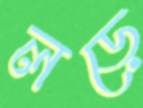
লড়ে